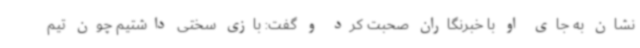
نشان به جای او با خبرنگاران صحبت کرد و گفت: بازی سختی داشتیم چون تیم